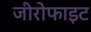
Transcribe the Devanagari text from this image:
जीरोफाइट